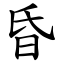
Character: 昏